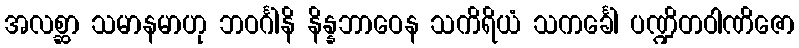
အလစ္ဆာ သမာနမာဟု ဘဝင်္ဂါနိ နိန္နဘာဝေန သကိရိယံ သကင်္ခေါ ပဏ္ဍိတဝါဏိဇော